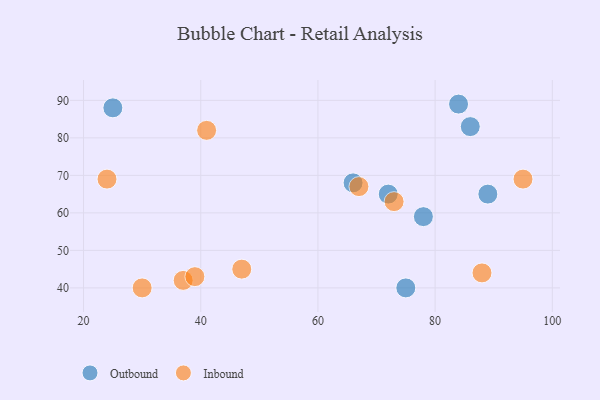
{"axis": {"x": "GDP", "y": "Life Expectancy"}, "legend": ["Inbound", "Outbound"], "data": [{"x": "75", "y": 40, "type": "Outbound"}, {"x": "84", "y": 89, "type": "Outbound"}, {"x": "78", "y": 59, "type": "Outbound"}, {"x": "72", "y": 65, "type": "Outbound"}, {"x": "89", "y": 65, "type": "Outbound"}, {"x": "25", "y": 88, "type": "Outbound"}, {"x": "66", "y": 68, "type": "Outbound"}, {"x": "86", "y": 83, "type": "Outbound"}, {"x": "73", "y": 63, "type": "Inbound"}, {"x": "95", "y": 69, "type": "Inbound"}, {"x": "30", "y": 40, "type": "Inbound"}, {"x": "37", "y": 42, "type": "Inbound"}, {"x": "67", "y": 67, "type": "Inbound"}, {"x": "47", "y": 45, "type": "Inbound"}, {"x": "24", "y": 69, "type": "Inbound"}, {"x": "39", "y": 43, "type": "Inbound"}, {"x": "88", "y": 44, "type": "Inbound"}, {"x": "41", "y": 82, "type": "Inbound"}]}